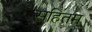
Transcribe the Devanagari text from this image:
सहितम्